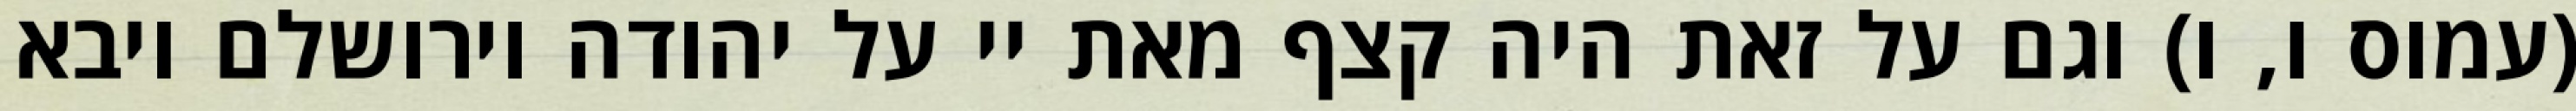
(עמוס ו, ו) וגם על זאת היה קצף מאת יי על יהודה וירושלם ויבא